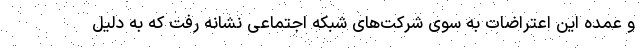
و عمده این اعتراضات به سوی شرکت‌های شبکه اجتماعی نشانه رفت که به دلیل